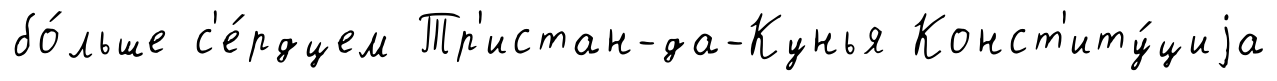
бо́льше с'е́рдцем Тр'истан-да-Кунья Конст'иту́циjа